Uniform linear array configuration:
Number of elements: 16
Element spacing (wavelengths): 0.25
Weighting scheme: hamming
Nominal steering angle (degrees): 15
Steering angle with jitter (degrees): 15.454
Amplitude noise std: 0.05
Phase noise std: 0.05

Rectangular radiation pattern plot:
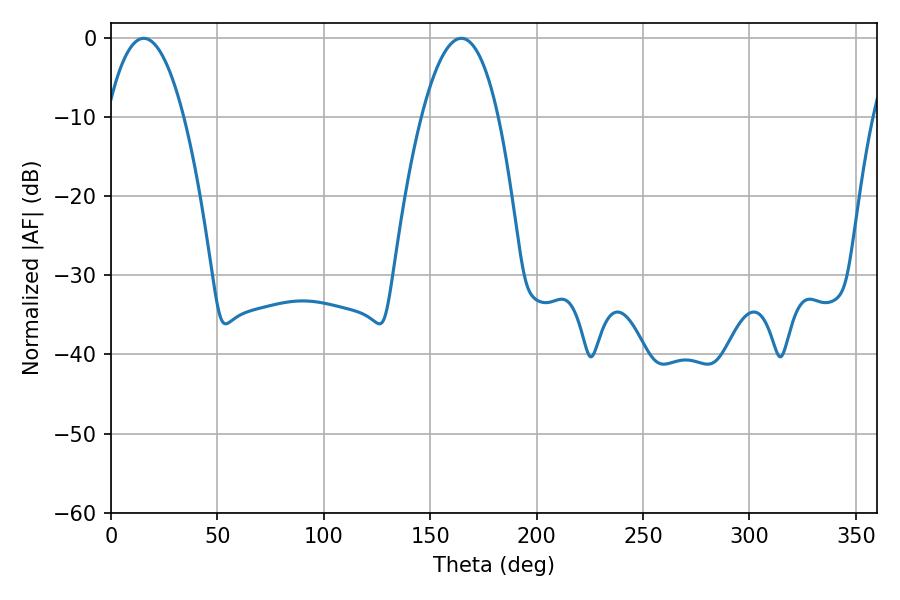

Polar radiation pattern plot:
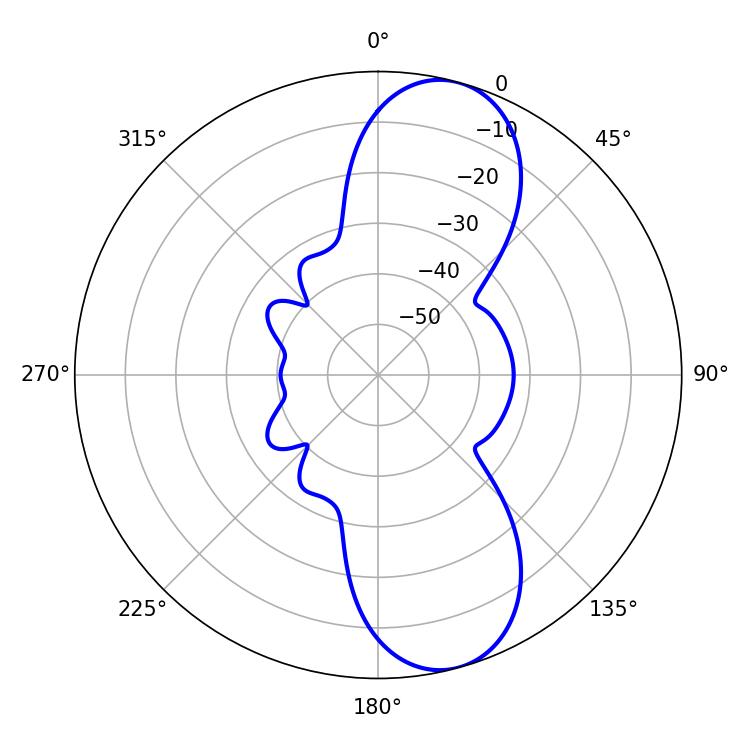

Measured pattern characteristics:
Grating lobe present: FALSE
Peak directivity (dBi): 9.981
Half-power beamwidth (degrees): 19.98
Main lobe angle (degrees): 15.3